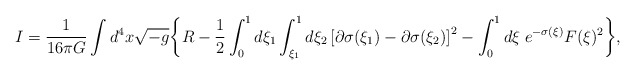
\begin{align*}I={1\over 16\pi G}\int d^4x\sqrt{-g}\biggl\{ R-{1\over 2}\int_{0}^1 d\xi_1\int_{\xi_1}^1d\xi_2\left[\partial\sigma(\xi_1)-\partial\sigma(\xi_2)\right]^2-\int_{0}^{1} d\xi\;e^{-\sigma(\xi)} F(\xi)^2\biggr\},\end{align*}